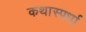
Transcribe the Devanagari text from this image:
कथास्पर्धा